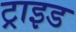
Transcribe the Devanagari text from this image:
ट्राइड